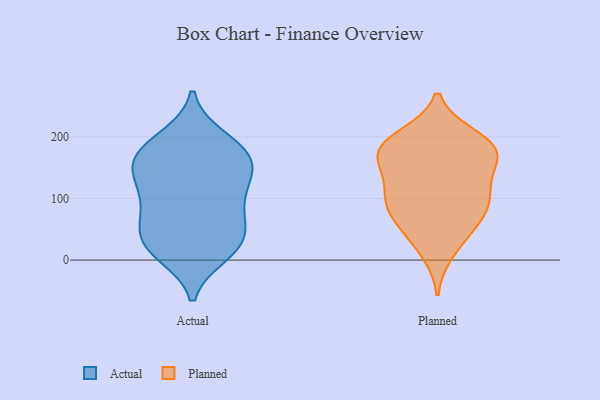
{"axis": {"x": "Demand Index", "y": "Value"}, "legend": ["Actual", "Planned"], "data": [{"x": "", "y": 17, "type": "Actual"}, {"x": "", "y": 198, "type": "Actual"}, {"x": "", "y": 140, "type": "Actual"}, {"x": "", "y": 192, "type": "Actual"}, {"x": "", "y": 174, "type": "Actual"}, {"x": "", "y": 19, "type": "Actual"}, {"x": "", "y": 86, "type": "Actual"}, {"x": "", "y": 94, "type": "Actual"}, {"x": "", "y": 160, "type": "Actual"}, {"x": "", "y": 58, "type": "Actual"}, {"x": "", "y": 10, "type": "Actual"}, {"x": "", "y": 28, "type": "Actual"}, {"x": "", "y": 161, "type": "Actual"}, {"x": "", "y": 101, "type": "Actual"}, {"x": "", "y": 135, "type": "Actual"}, {"x": "", "y": 58, "type": "Actual"}, {"x": "", "y": 171, "type": "Actual"}, {"x": "", "y": 37, "type": "Actual"}, {"x": "", "y": 135, "type": "Actual"}, {"x": "", "y": 100, "type": "Planned"}, {"x": "", "y": 120, "type": "Planned"}, {"x": "", "y": 196, "type": "Planned"}, {"x": "", "y": 46, "type": "Planned"}, {"x": "", "y": 115, "type": "Planned"}, {"x": "", "y": 188, "type": "Planned"}, {"x": "", "y": 154, "type": "Planned"}, {"x": "", "y": 175, "type": "Planned"}, {"x": "", "y": 93, "type": "Planned"}, {"x": "", "y": 169, "type": "Planned"}, {"x": "", "y": 52, "type": "Planned"}, {"x": "", "y": 13, "type": "Planned"}, {"x": "", "y": 165, "type": "Planned"}, {"x": "", "y": 78, "type": "Planned"}, {"x": "", "y": 200, "type": "Planned"}, {"x": "", "y": 86, "type": "Planned"}, {"x": "", "y": 178, "type": "Planned"}]}